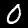
Digit: 0